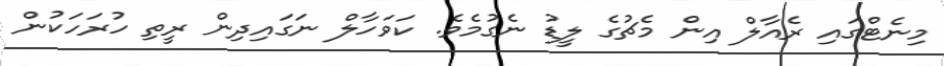
މިނެޓްގައި ރެއާލް އިން މެޗުގެ ލީޑު ނެގުމެވެ. ކަވަހާލް ނަގައިދިން ރީތި ހުރަހަކުން